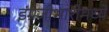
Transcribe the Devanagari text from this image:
इंग्रजीभाशेमध्ये